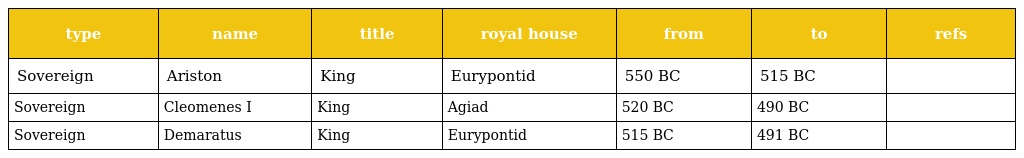
| type | name | title | royal house | from | to | refs |
 | --- | --- | --- | --- | --- | --- | --- |
 | Sovereign | Ariston | King | Eurypontid | 550 BC | 515 BC |  |
 | Sovereign | Cleomenes I | King | Agiad | 520 BC | 490 BC |  |
 | Sovereign | Demaratus | King | Eurypontid | 515 BC | 491 BC |  |